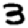
Digit: 3